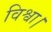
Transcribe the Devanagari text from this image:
विश्वा।